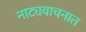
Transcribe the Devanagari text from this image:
नाट्यवाचनात